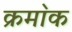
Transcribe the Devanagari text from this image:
क्रमा॓क